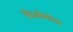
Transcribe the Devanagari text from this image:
थिओदोस